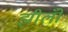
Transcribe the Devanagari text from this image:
झीलोँ